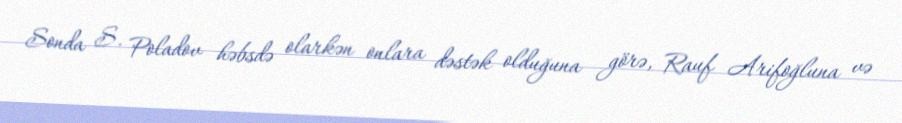
Sonda S. Poladov həbsdə olarkən onlara dəstək olduğuna görə, Rauf Arifoğluna və